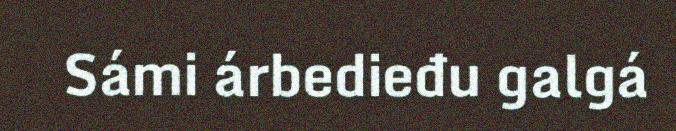
Sámi árbedieđu galgá